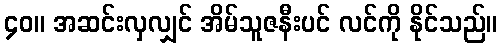
၄၀။ အဆင်းလှလျှင် အိမ်သူဇနီးပင် လင်ကို နိုင်သည်။